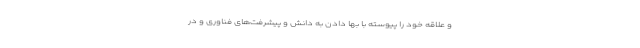
و علاقه خود را پیوسته با بها دادن به دانش و پیشرفت‌های فناوری و در